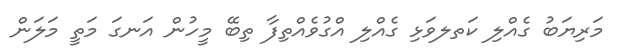
މަރިޔަބު ގެއްލި ކަތލވަޅި ގެއްލި އްގުވެއްތިފާ ތިބޭ މީހުން އަނގަ މަތީ މަލަން